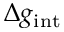
\Delta g _ { \mathrm { i n t } }